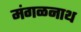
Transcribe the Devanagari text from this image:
मंगळनाथ